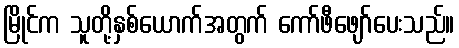
မြိုင်က သူတို့နှစ်ယောက်အတွက် ကော်ဖီဖျော်ပေးသည်။